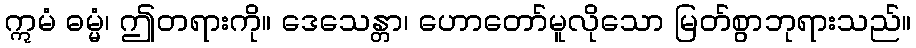
ဣမံ ဓမ္မံ၊ ဤတရားကို။ ဒေသေန္တာ၊ ဟောတော်မူလိုသော မြတ်စွာဘုရားသည်။